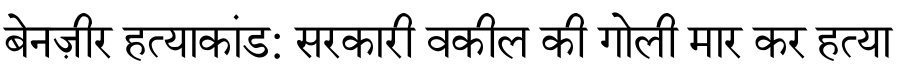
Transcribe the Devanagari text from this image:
बेनज़ीर हत्याकांड: सरकारी वकील की गोली मार कर हत्या